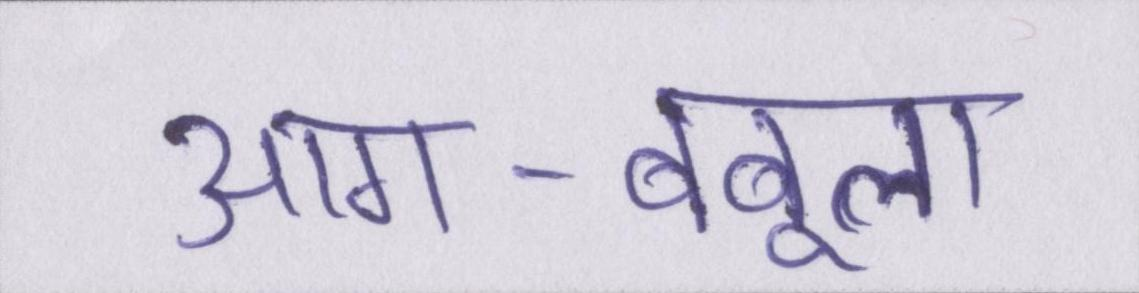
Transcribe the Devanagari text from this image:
आग-बबूला